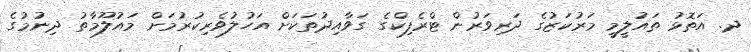
ދ. އަތޮޅު ތައުލީމީ މަރުކަޒުގެ ދަރިވަރުން ޓްރެފިކްގެ ގަވާއިދުތަކަށް އަހުލުވެރިކުރުމަށް މައުލޫމާތު ދިނުމުގެ